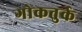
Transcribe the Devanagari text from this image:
गोकतुर्क